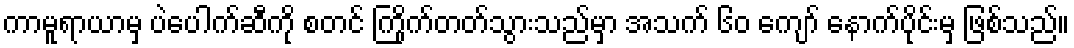
ကာမူရာယာမှ ပဲပေါက်ဆီကို စတင် ကြိုက်တတ်သွားသည်မှာ အသက် ၆၀ ကျော် နောက်ပိုင်းမှ ဖြစ်သည်။